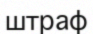
штраф